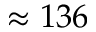
\approx 1 3 6